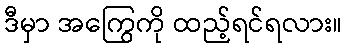
ဒီမှာ အကြွေကို ထည့်ရင်ရလား။